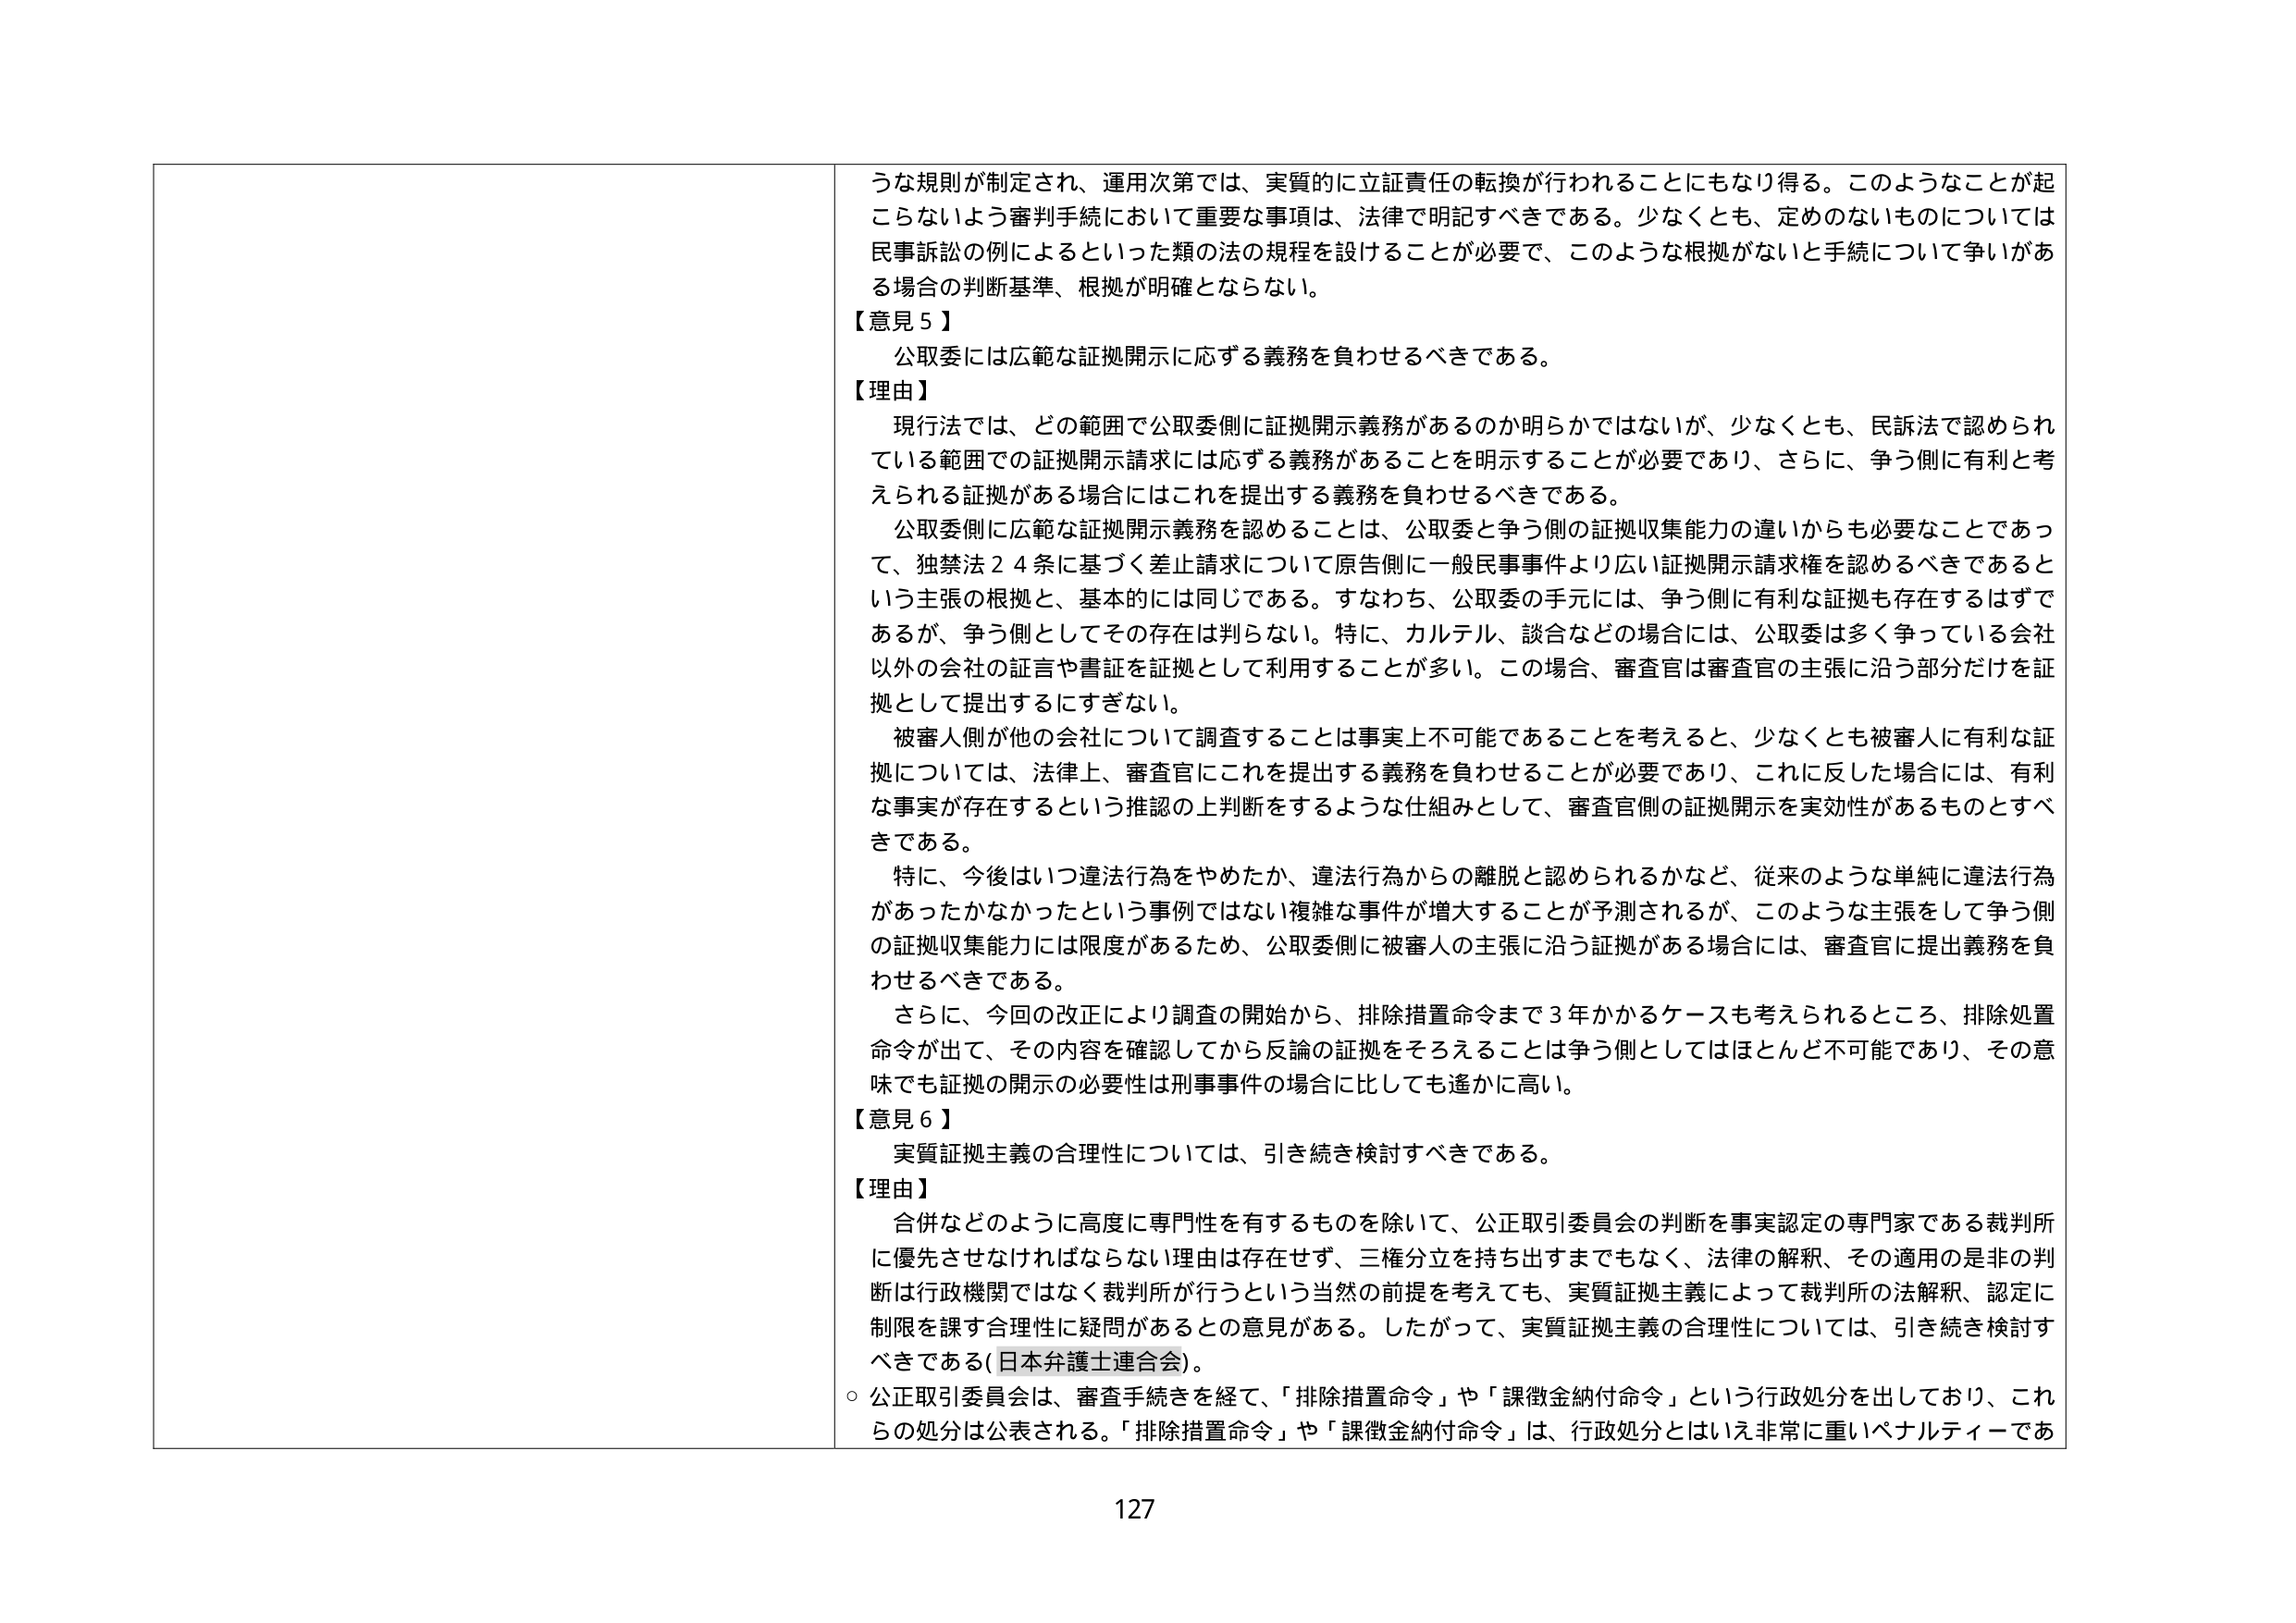
うな規則が制定され、運用次第では、実質的に立証責任の転換が行われることにもなり得る。このようなことが起こらないよう審判手続において重要な事項は、法律で明記すべきである。少なくとも、定めのないものについては民事訴訟の例によるといった類の法の規程を設けることが必要で、このような根拠がないと手続について争いがある場合の判断基準、根拠が明確とならない。

【意見５】
公取委には広範な証拠開示に応ずる義務を負わせるべきである。

【理由】
現行法では、どの範囲で公取委側に証拠開示義務があるのか明らかではないが、少なくとも、民訴法で認められている範囲での証拠開示請求には応ずる義務があることを明示することが必要であり、さらに、争う側に有利と考えられる証拠がある場合にはこれを提出する義務を負わせるべきである。
公取委側に広範な証拠開示義務を認めることは、公取委と争う側の証拠収集能力の違いからも必要なことであって、独禁法２４条に基づく差止請求について原告側に一般民事事件より広い証拠開示請求権を認めるべきであるという主張の根拠と、基本的には同じである。すなわち、公取委の手元には、争う側に有利な証拠も存在するはずであるが、争う側としてその存在は判らない。特に、カルテル、談合などの場合には、公取委は多く争っている会社以外の会社の証言や書証を証拠として利用することが多い。この場合、審査官は審査官の主張に沿う部分だけを証拠として提出するにすぎない。
被審人側が他の会社について調査することは事実上不可能であることを考えると、少なくとも被審人に有利な証拠については、法律上、審査官にこれを提出する義務を負わせることが必要であり、これに反した場合には、有利な事実が存在するという推認の上判断をするような仕組みとして、審査官側の証拠開示を実効性があるものとすべきである。
特に、今後はいつ違法行為をやめたか、違法行為からの離脱と認められるかなど、従来のような単純に違法行為があったかなかったかという事例ではない複雑な事件が増大することが予測されるが、このような主張をして争う側の証拠収集能力には限度があるため、公取委側に被審人の主張に沿う証拠がある場合には、審査官に提出義務を負わせるべきである。
さらに、今回の改正により調査の開始から、排除措置命令まで３年かかるケースも考えられるところ、排除処置命令が出て、その内容を確認してから反論の証拠をそろえることは争う側としてはほとんど不可能であり、その意味でも証拠の開示の必要性は刑事事件の場合に比しても遙かに高い。

【意見６】
実質証拠主義の合理性については、引き続き検討すべきである。

【理由】
合併などのように高度に専門性を有するものを除いて、公正取引委員会の判断を事実認定の専門家である裁判所に優先させなければならない理由は存在せず、三権分立を持ち出すまでもなく、法律の解釈、その適用の是非の判断は行政機関ではなく裁判所が行うという当然の前提を考えてても、実質証拠主義によって裁判所の法解釈、認定に制限を課す合理性に疑問があるとの意見がある。したがって、実質証拠主義の合理性については、引き続き検討すべきである（日本弁護士連合会）。
○ 公正取引委員会は、審査手続を経て、「排除措置命令」や「課徴金納付命令」という行政処分を出しており、これらの処分は公表される。「排除措置命令」や「課徴金納付命令」は、行政処分とはいえ非常に重いペナルティーであ

127